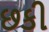
છકી